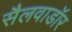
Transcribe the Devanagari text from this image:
सैलवाडॉर